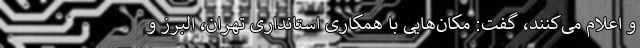
و اعلام می‌کنند، گفت: مکان‌هایی با همکاری استانداری تهران، البرز و